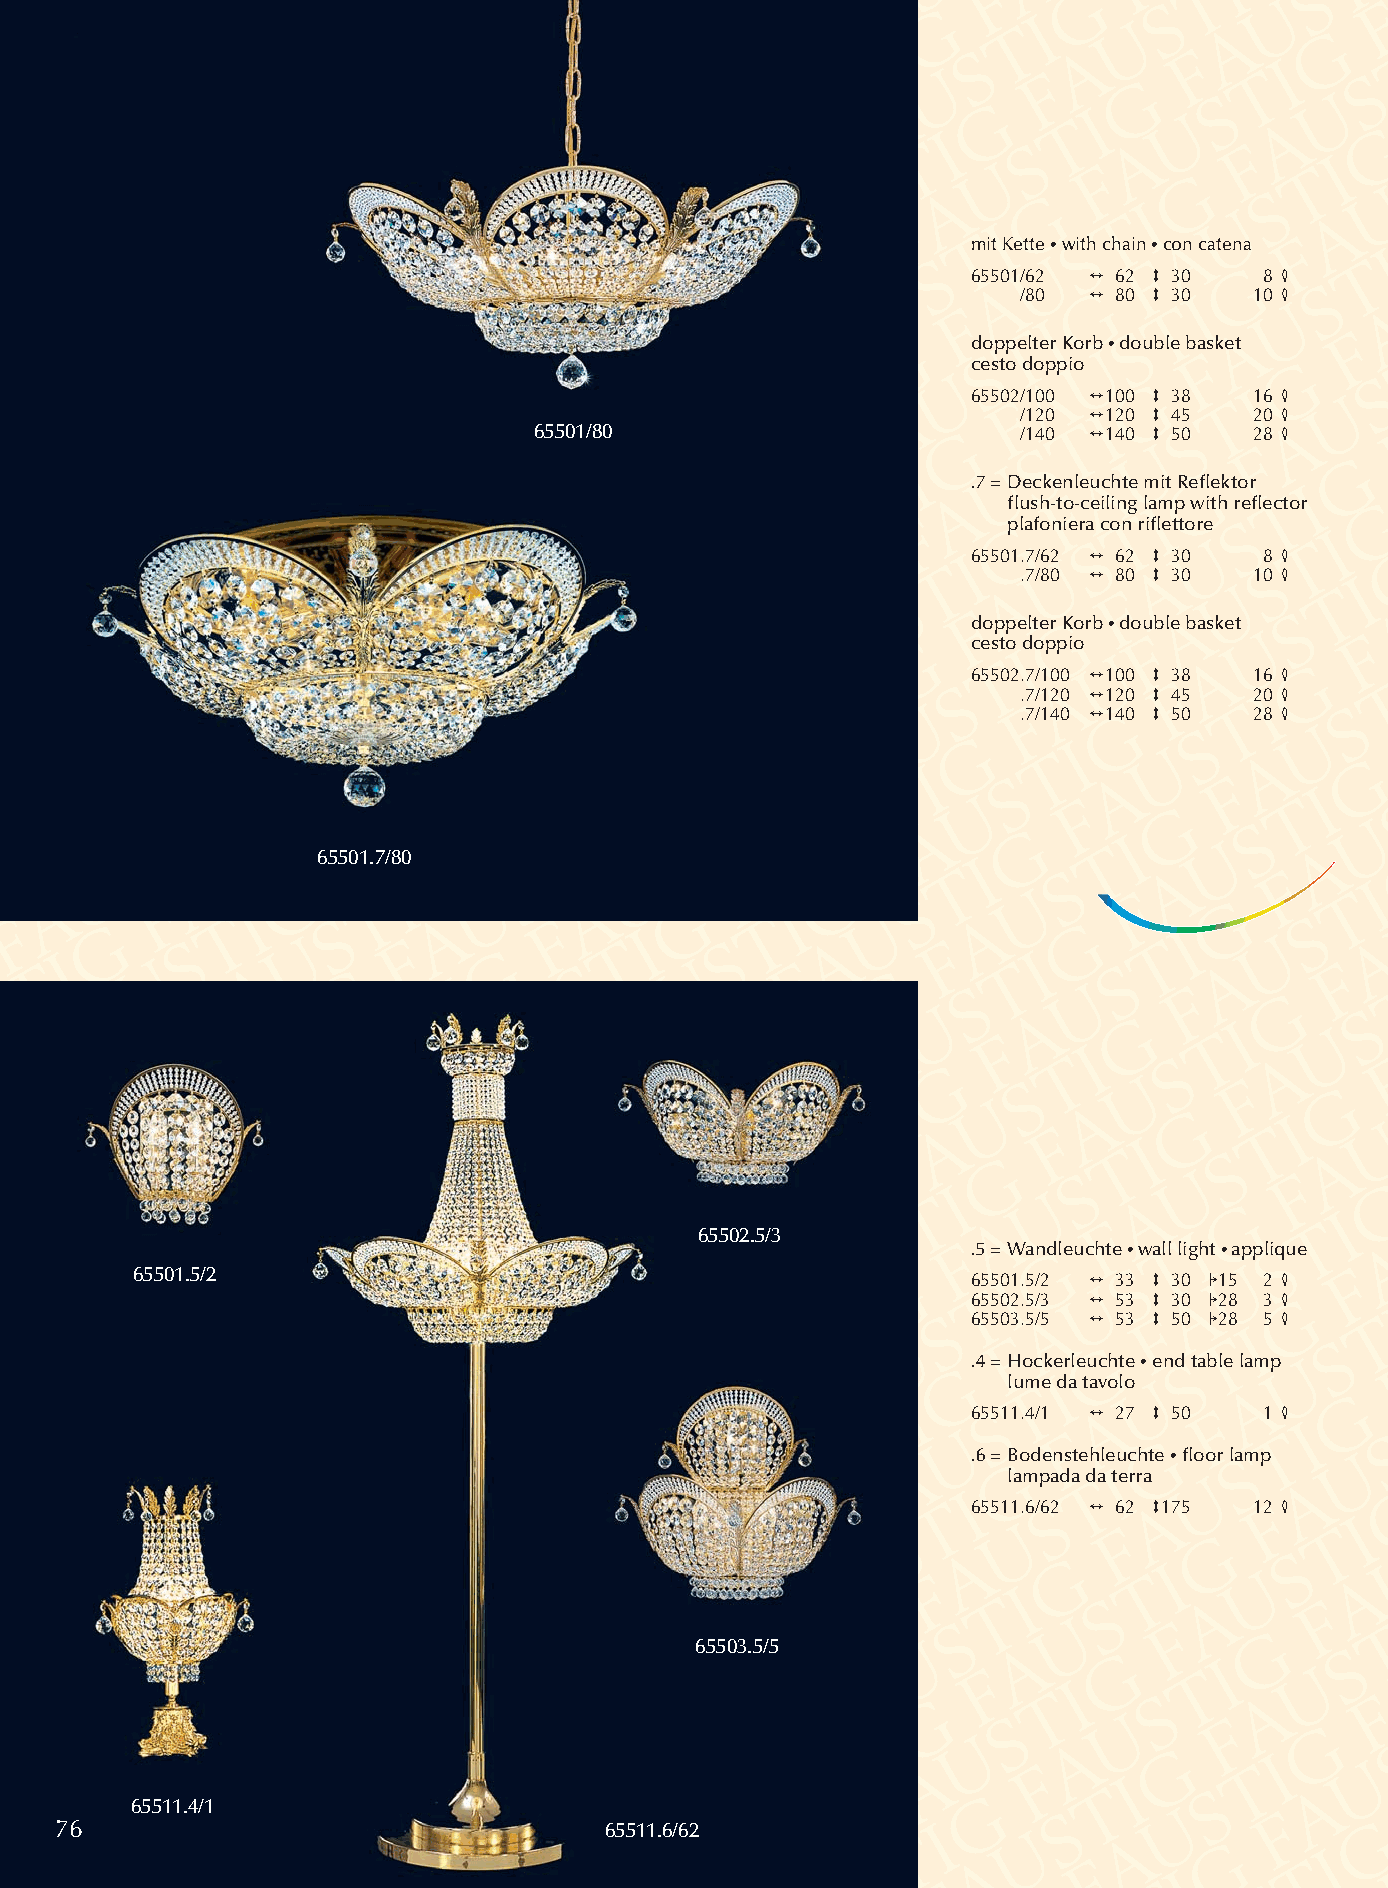
mit Kette •with chain •con catena
 65501/62 2 62 3 30  8 4
 /80 2 80 3 30  10 4
 doppelter Korb •double basket
 cesto doppio
 65502/100 2100 3 38 16 4
 /120 2120 3 45 20 4
 65501/80                         /140 2140 3 50 28 4
 .7 =Deckenleuchte mit Reflektor
 flush-to-ceiling lamp with reflector
 plafoniera con riflettore
 65501.7/62 2 62 3 30 8 4
 .7/80 2 80 3 30 10 4
 doppelter Korb •double basket
 cesto doppio
 65502.7/100 2100 3 38 16 4
 .7/120 2120 3 45 20 4
 .7/140 2140 3 50 28 4
 65501.7/80
 65502.5/3
 .5 = Wandleuchte •wall light •applique
 65501.5/2                                              65501.5/2 2 33 3 30 115 2 4
 65502.5/3 2 53 3 30 128 3 4
 65503.5/5 2 53 3 50 128 5 4
 .4 = Hockerleuchte •end table lamp
 lume da tavolo
 65511.4/1 2 27 3 50 1 4
 .6 = Bodenstehleuchte •floor lamp
 lampada da terra
 65511.6/62 2 62 3175 12 4
 65503.5/5
 65511.4/1
 76                                  65511.6/62